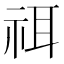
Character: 𥙟